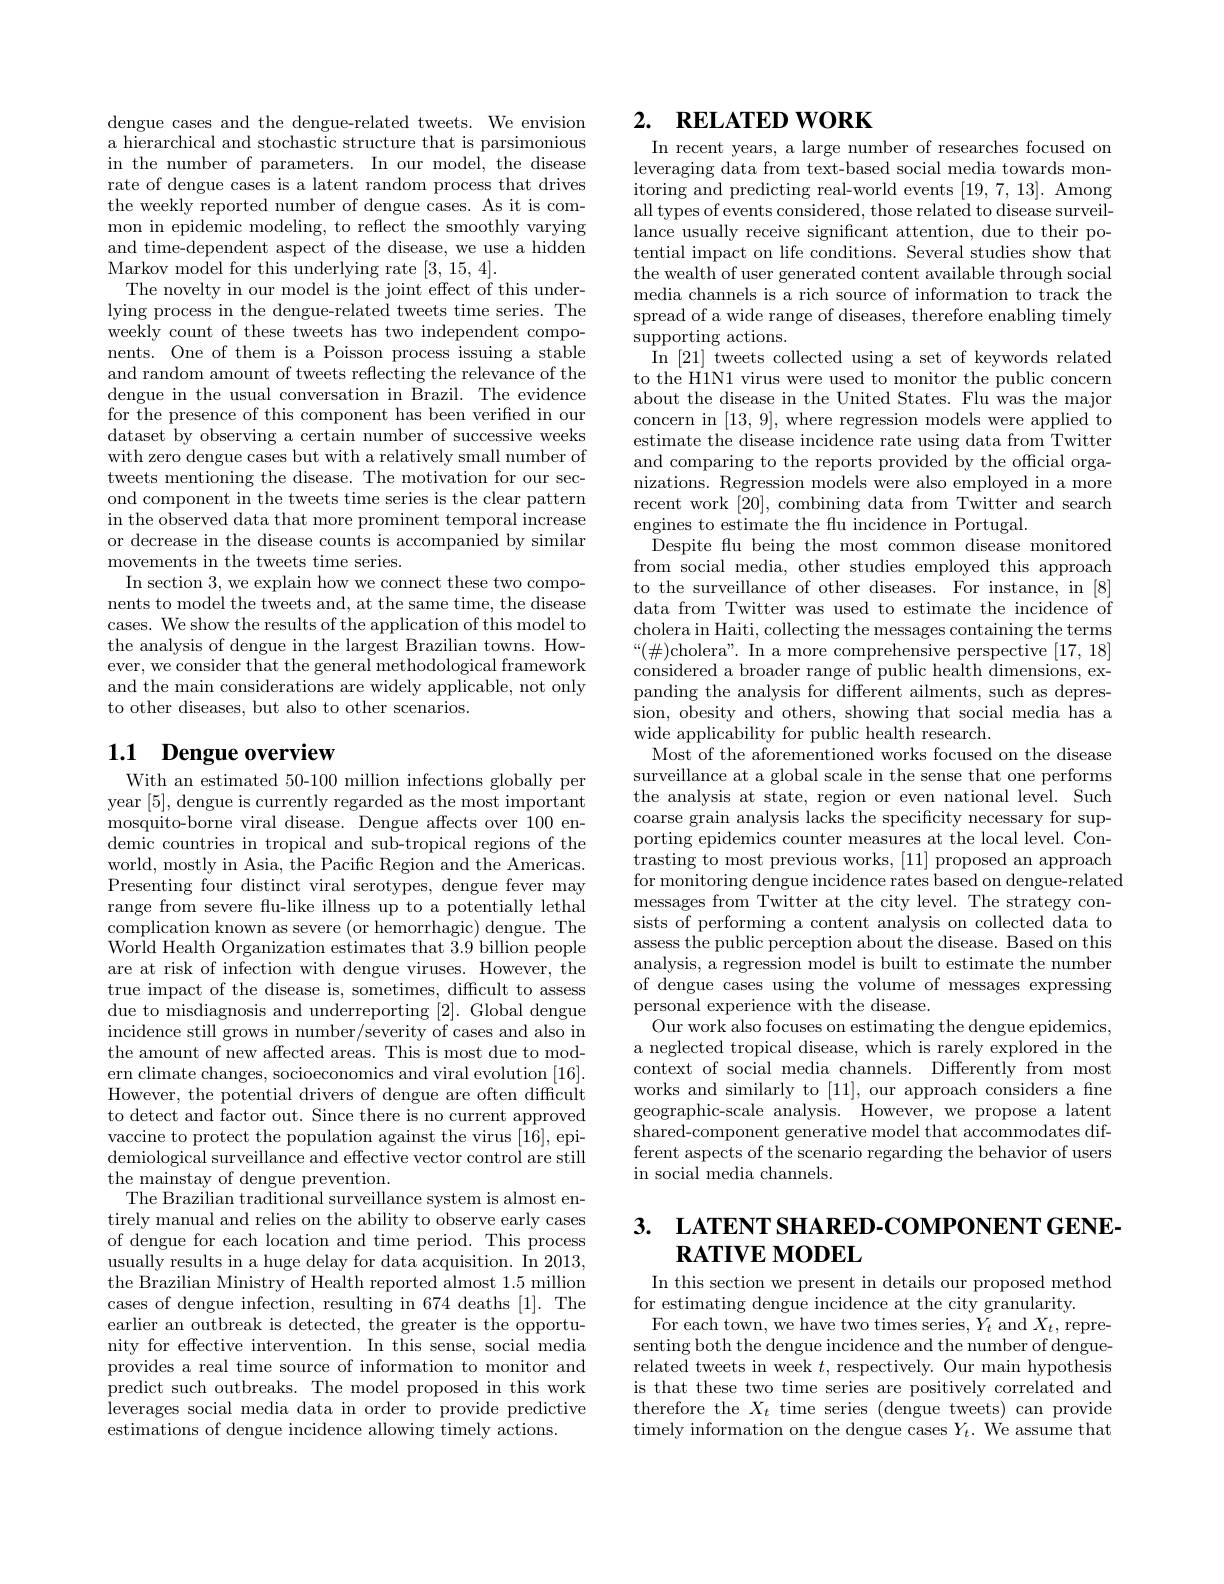
dengue cases and the dengue-related tweets. We envision a hierarchical and stochastic structure that is parsimonious in the number of parameters. In our model, the disease rate of dengue cases is a latent random process that drives the weekly reported number of dengue cases. As it is common in epidemic modeling, to reflect the smoothly varying and time-dependent aspect of the disease, we use a hidden Markov model for this underlying rate [3,15,4].
The novelty in our model is the joint effect of this underlying process in the dengue-related tweets time series. The weekly count of these tweets has two independent components. One of them is a Poisson process issuing a stable and random amount of tweets reflecting the relevance of the dengue in the usual conversation in Brazil. The evidence for the presence of this component has been verified in our dataset by observing a certain number of successive weeks with zero dengue cases but with a relatively small number of tweets mentioning the disease. The motivation for our second component in the tweets time series is the clear pattern in the observed data that more prominent temporal increase or decrease in the disease counts is accompanied by similar movements in the tweets time series.
In section 3, we explain how we connect these two components to model the tweets and, at the same time, the disease cases. We show the results of the application of this model to the analysis of dengue in the largest Brazilian towns. However, we consider that the general methodological framework and the main considerations are widely applicable, not only to other diseases, but also to other scenarios.

# 1.1 Dengue overview With an estimated 50-100 million infections globally per

year [5], dengue is currently regarded as the most important mosquito-borne viral disease. Dengue affects over 100 endemic countries in tropical and sub-tropical regions of the world, mostly in Asia, the Pacific Region and the Americas. Presenting four distinct viral serotypes, dengue fever may range from severe flu-like illness up to a potentially lethal complication known as severe (or hemorrhagic) dengue. The World Health Organization estimates that 3.9 billion people are at risk of infection with dengue viruses. However, the true impact of the disease is, sometimes, difficult to assess due to misdiagnosis and underreporting [2]. Global dengue incidence still grows in number/severity of cases and also in the amount of new affected areas. This is most due to modern climate changes, socioeconomics and viral evolution [16]. However, the potential drivers of dengue are often difficult to detect and factor out. Since there is no current approved vaccine to protect the population against the virus [16], epidemiological surveillance and effective vector control are still the mainstay of dengue prevention.
The Brazilian traditional surveillance system is almost entirely manual and relies on the ability to observe early cases of dengue for each location and time period. This process usually results in a huge delay for data acquisition. In 2013, the Brazilian Ministry of Health reported almost 1.5 million cases of dengue infection, resulting in 674 deaths [1]. The earlier an outbreak is detected, the greater is the opportunity for effective intervention. In this sense, social media provides a real time source of information to monitor and predict such outbreaks. The model proposed in this work leverages social media data in order to provide predictive estimations of dengue incidence allowing timely actions.

## 2. $\textbf{RELATED WORK}$

In recent years, a large number of researches focused on leveraging data from text-based social media towards monitoring and predicting real-world events [19,7,13]. Among all types of events considered, those related to disease surveillance usually receive significant attention, due to their potential impact on life conditions. Several studies show that the wealth of user generated content available through social media channels is a rich source of information to track the spread of a wide range of diseases, therefore enabling timely $\operatorname{supporting}$ actions.
 In [ 21] tweets collected using a set of keywords related to the H1N1 virus were used to monitor the public concern about the disease in the United States. Flu was the major concern in [13,9], where regression models were applied to estimate the disease incidence rate using data from Twitter and comparing to the reports provided by the official organizations. Regression models were also employed in a more recent work [20], combining data from Twitter and search engines to estimate the fu incidence in Portugal.
Despite flu being the most common disease monitored from social media, other studies employed this approach to the surveillance of other diseases. For instance, in [8] data from Twitter was used to estimate the incidence of cholera in Haiti, collecting the messages containing the terms $“(\#){\mathrm{cholera".~In~a~more~comprehensive~perspective~[17,~18]}}$ considered a broader range of public health dimensions, expanding the analysis for different ailments, such as depression, obesity and others, showing that social media has a wide applicability for public health research.
Most of the aforementioned works focused on the disease surveillance at a global scale in the sense that one performs the analysis at state, region or even national level. Such coarse grain analysis lacks the specificity necessary for supporting epidemics counter measures at the local level. Contrasting to most previous works, [11] proposed an approach for monitoring dengue incidence rates based on dengue-related messages from Twitter at the city level. The strategy consists of performing a content analysis on collected data to assess the public perception about the disease. Based on this analysis, a regression model is built to estimate the number of dengue cases using the volume of messages expressing personal experience with the disease.
Our work also focuses on estimating the dengue epidemics, a neglected tropical disease, which is rarely explored in the context of social media channels. Differently from most works and similarly to [11], our approach considers a fne geographic-scale analysis. However, we propose a latent shared-component generative model that accommodates different aspects of the scenario regarding the behavior of users in social media channels.

# 3. LATENT SHARED-COMPONENT GENE- $\mathbf{RATIVEMODEL}$

In this section we present in details our proposed method
for estimating dengue incidence at the city granularity.
For each town, we have two times series, $Y_t$ and $X_t$, representing both the dengue incidence and the number of denguerelated tweets in week $t$, respectively. Our main hypothesis is that these two time series are positively correlated and therefore the $X_t$ time series (dengue tweets) can provide timely information on the dengue cases $Y_t.$ We assume that